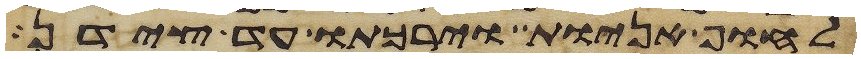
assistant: לחוף אניות וירכתו עד צידן